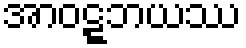
အာဝဋ္ဋဘယဿ